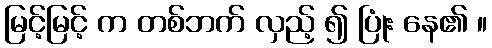
မြင့်မြင့် က တစ်ဘက် လှည့် ၍ ပြုံး နေ၏ ။